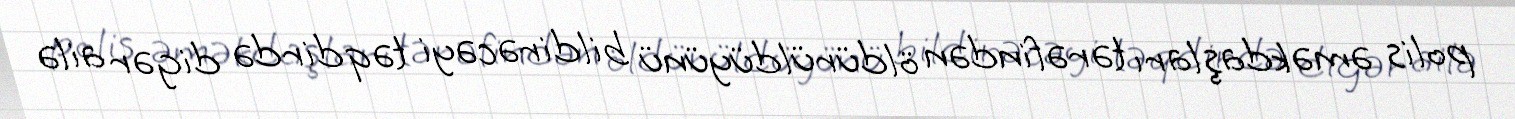
polis əməkdaşları tərəfindən öldürüldüyünü bildirəcəyi təqdirdə digər ailə